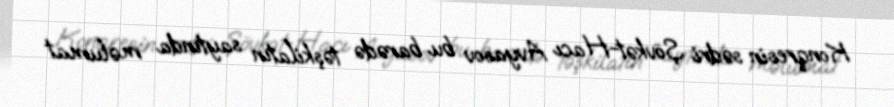
Konqresin sədri Şövkət-Hacı Avyasov bu barədə təşkilatın saytında məlumat